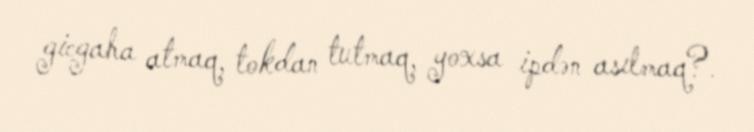
gicgaha atmaq, tokdan tutmaq, yoxsa ipdən asılmaq?.